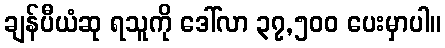
ချန်ပီယံဆု ရသူကို ဒေါ်လာ ၃၇,၅၀၀ ပေးမှာပါ။